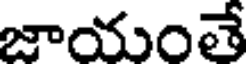
జాయంతే